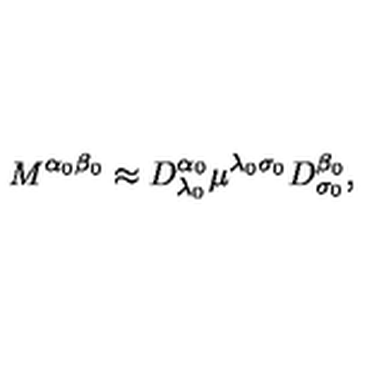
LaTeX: M ^ { \alpha _ { 0 } \beta _ { 0 } } \approx D _ { \lambda _ { 0 } } ^ { \alpha _ { 0 } } \mu ^ { \lambda _ { 0 } \sigma _ { 0 } } D _ { \sigma _ { 0 } } ^ { \beta _ { 0 } } ,